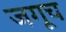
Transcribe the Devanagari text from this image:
जगूच